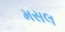
મસલ